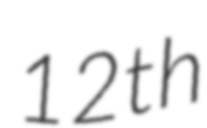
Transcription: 12th